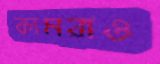
কামরাও